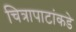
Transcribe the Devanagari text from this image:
चित्रापाटांकडे